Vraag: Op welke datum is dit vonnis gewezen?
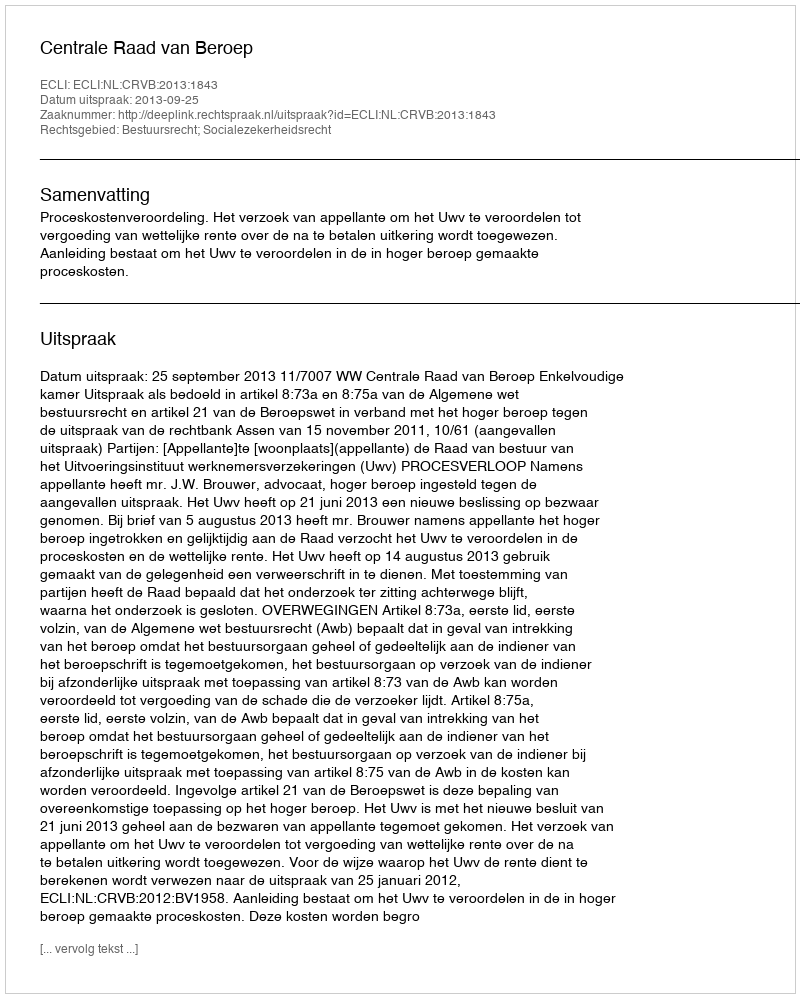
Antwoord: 2013-09-25